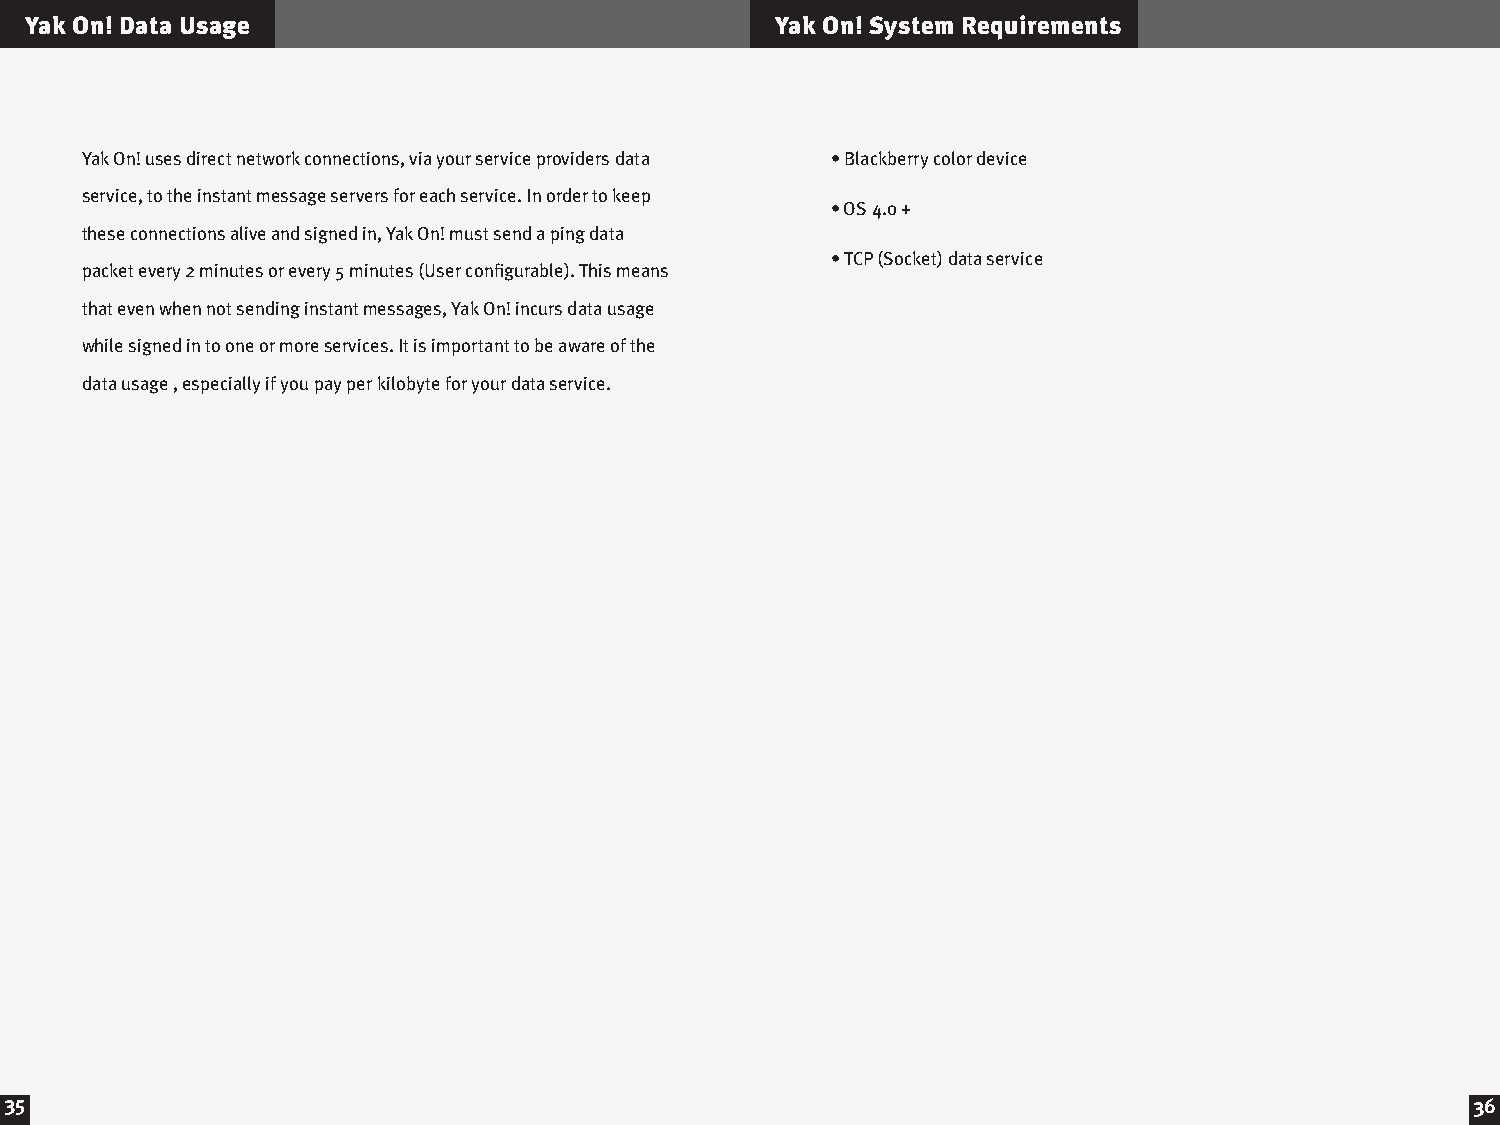
Yak On! Data Usage                               Yak On! System Requirements
 Yak On! uses direct network connections, via your service providers data • Blackberry color device
 service, to the instant message servers for each service. In order to keep
 • OS 4.0 +
 these connections alive and signed in, Yak On! must send a ping data
 • TCP (Socket) data service
 packet every 2 minutes or every 5 minutes (User configurable). This means
 that even when not sending instant messages, Yak On! incurs data usage
 while signed in to one or more services. It is important to be aware of the
 data usage , especially if you pay per kilobyte for your data service.
 35                                                                                                36